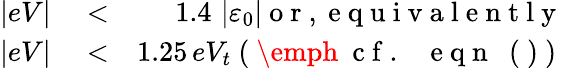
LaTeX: \begin{array}{rlr}{\vert eV\vert}&{{}<}&{1.4\, \left\vert\varepsilon_{0}\right\vert\mathrm{~o~r~,~e~q~u~i~v~a~l~e~n~t~l~y~}}\\ {\vert eV\vert}&{{}<}&{1.25\, eV_{t}\mathrm{~(~\emph~{~c~f~.~}~~~e~q~n~~~(~)~)~}}\end{array}